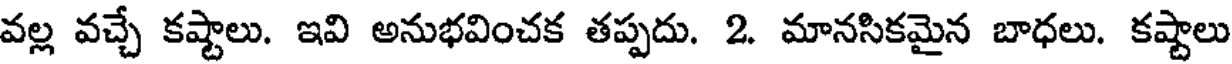
వల్ల వచ్చే కష్టాలు. ఇవి అనుభవించక తప్పదు. 2. మానసికమైన బాధలు. కష్టాలు